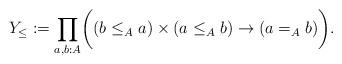
LaTeX: \begin{align*} Y_{\leq}:=\prod_{a,b:A}\biggl( (b\leq_A a)\times (a\leq_A b)\to (a=_{A} b) \biggr).\end{align*}